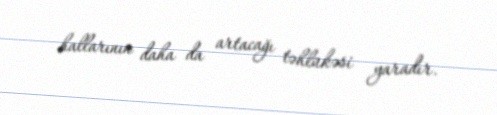
hallarının daha da artacağı təhlükəsi yaradır.